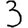
Digit: 3